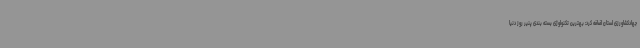
جهادکشاورزی استان اضافه کرد: بهترین تکنولوژی بسته بندی پنیر روز دنیا